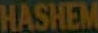
HASHEM